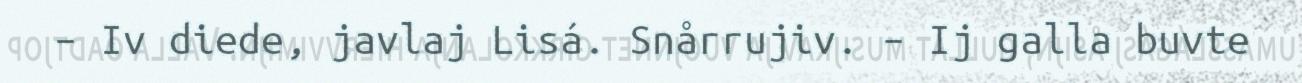
– Iv diede, javlaj Lisá. Snårrujiv. – Ij galla buvte